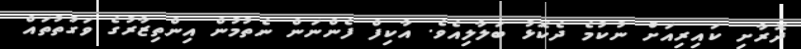
ދޮރާށި ކައިރިއަށް ނުކުމެ ދެކޮޅު ބަލާލިއެވެ. އާކިފް ފެންނަން ނެތުމުން އިންތިޒާރުގެ ވަގުތުތައް